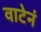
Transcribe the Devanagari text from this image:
वाटेनं